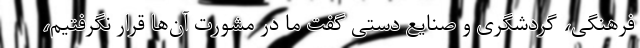
فرهنگی، گردشگری و صنایع دستی گفت ما در مشورت آن‌ها قرار نگرفتیم،